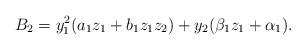
LaTeX: \begin{gather*}B_2= y_1^2(a_1 z_1+b_1 z_1 z_2) +y_2(\beta_1 z_1+ \alpha_1).\end{gather*}